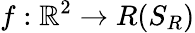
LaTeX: f:\mathbb{R}^{2}\rightarrow R(S_{R})